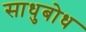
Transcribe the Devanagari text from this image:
साधुबोध